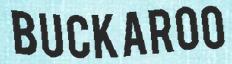
BUCKAROO